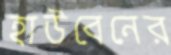
হাউবেনের